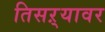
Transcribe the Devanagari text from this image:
तिसऱ्यावर